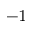
^ { - 1 }